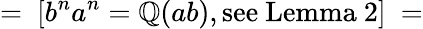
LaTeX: =\ [b^{n}a^{n}=\mathbb{Q}(ab),{\mathrm{{see~Lemma~2}}}]\ =